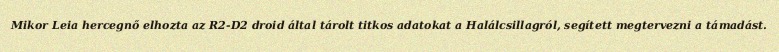
Mikor Leia hercegnő elhozta az R2-D2 droid által tárolt titkos adatokat a Halálcsillagról, segített megtervezni a támadást.